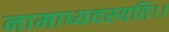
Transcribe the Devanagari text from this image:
नामाध्यवस्यति।।